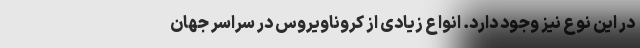
در این نوع نیز وجود دارد. انواع زیادی از کروناویروس در سراسر جهان